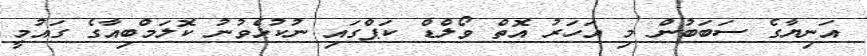
އަނިޔާގެ ސަބަބުން މި އަހަރު އޮތް ވޯލްޑް ކަޕްގައި ނުކުޅެވުނު ކޮލަމްބިއާގެ ގައުމީ